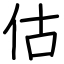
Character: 估